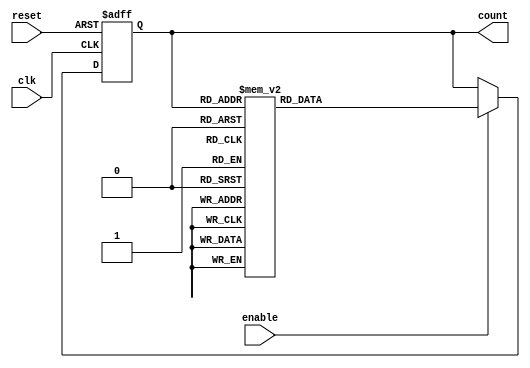
module async_counter (
    input wire clk,        // Clock input
    input wire reset,      // Asynchronous reset
    input wire enable,     // Enable counting
    output reg [2:0] count // 3-bit output for the counter
);

    // Asynchronous reset and counting mechanism
    always @(posedge clk or posedge reset) begin
        if (reset) begin
            count <= 3'b000; // Reset the counter to 0
        end else if (enable) begin
            // Counting logic
            case (count)
                3'b000: count <= 3'b001;
                3'b001: count <= 3'b010;
                3'b010: count <= 3'b011;
                3'b011: count <= 3'b100;
                3'b100: count <= 3'b101;
                3'b101: count <= 3'b110;
                3'b110: count <= 3'b111;
                3'b111: count <= 3'b000; // Roll over to 0
                default: count <= 3'b000; // Safety default
            endcase
        end
    end

endmodule